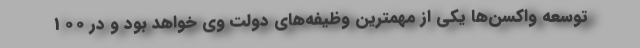
توسعه واکسن‌ها یکی از مهمترین وظیفه‌های دولت وی خواهد بود و در 100